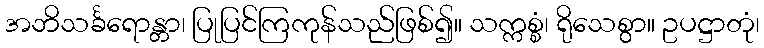
အဘိသင်္ခရောန္တာ၊ ပြုပြင်ကြကုန်သည်ဖြစ်၍။ သက္ကစ္စံ၊ ရိုသေစွာ။ ဥပဋ္ဌာတုံ၊